Indian journal of veterinary science and animal husbandry - Volumes 15-17, 1948-1951
Year: 1948
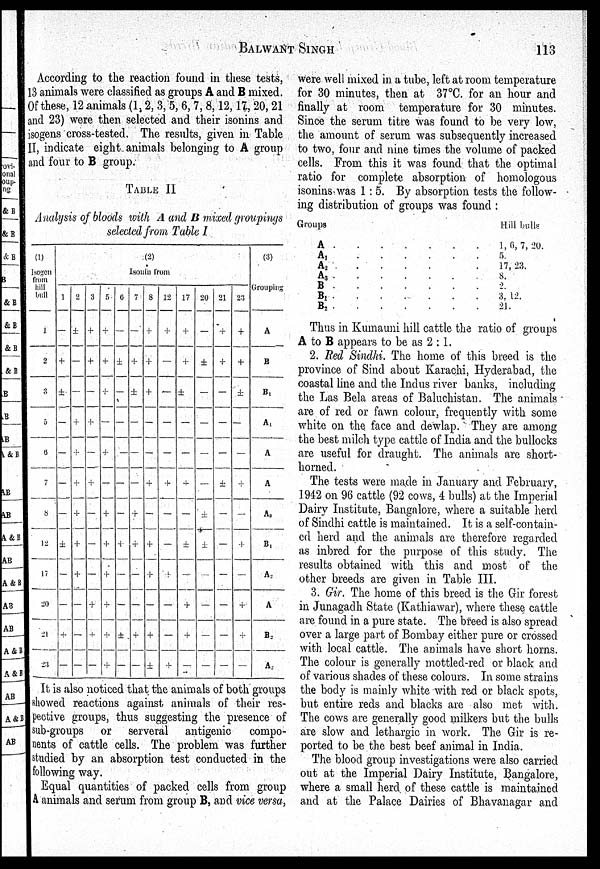
BALWANT
SINGH
113
According to the reaction found in these tests,
13 animals were classified as groups A and B mixed.
Of these, 12 animals (1, 2, 3, 5, 6, 7, 8,12, 17, 20, 21
and 23) were then selected and their isonins and
isogens cross-tested. The results, given in Table
II, indicate eight animals belonging to A group
and four to B group.
TABLE II
Analysis of bloods with A and B mixed groupings
selected from Table I
(1)
Isogen
from
hill
bull
1
2
3
5
6
7
8
12
17
20
21
23
(2)
Isomin from
1
—
+
±
—
—
—
±
—
—
+
—
2
±
—
—
+
+
+
+
+
—
—
—
3
+
+
—
+
+
—
—
—
+
+
—
5
+
+
+
—
+
—
+
+
+
+
—
6
—
±
—
—
—
—
+
—
—
+
—
7
—
+
±
—
—
+
+
—
—
+
—
8
+
+
+
—
+
—
+
+
—
+
±
12
+
—
—
—
+
—
—
+
—
—
+
17
+
+
±
—
—
—
±
—
+
+
—
20
—
±
—
—
—
±
±
—
—
—
—
21
+
+
—
V
—
—
—
—
—
—
—
23
+
+
±
—
+
—
+
—
+
+
—
(3)
Grouping
A
B
B 1
A 1
A
A
A 3
B 1
A 2
A
B 2
A 2
It is also noticed that the animals of both groups
showed reactions against animals of their res-
pective groups, thus suggesting the presence of
sub-groups or serveral antigenic compo-
nents of cattle cells. The problem was further
studied by an absorption test conducted in the
following way.
Equal quantities of packed cells from group
A animals and serum from group B, and vice versa,
were well mixed in a tube, left at room temperature
for 30 minutes, then at 37°C. for an hour and
finally at room temperature for 30 minutes.
Since the serum titre was found to be very low,
the amount of serum was subsequently increased
to two, four and nine times the volume of packed
cells. From this it was found that the optimal
ratio for complete absorption of homologous
isonins was 1:5. By absorption tests the follow-
ing distribution of groups was found:
Groups
A
A 1
A 2......
A 3
B
B 1
B 2
Hill bulls
1, 6, 7, 20.
5.
17, 23.
8.
2.
3, 12.
21.
Thus in Kumauni hill cattle the ratio of groups
A to B appears to be as 2:1.
2. Red Sindhi. The home of this breed is the
province of Sind about Karachi, Hyderabad, the
coastal line and the Indus river banks, including
the Las Bela areas of Baluchistan. The animals
are of red or fawn colour, frequently with some
white on the face and dewlap. They are among
the best milch type cattle of India and the bullocks
are useful for draught. The animals are short—
horned.
The tests were made in January and February,
1942 on 96 cattle (92 cows, 4 bulls) at the Imperial
Dairy Institute, Bangalore, where a suitable herd
of Sindhi cattle is maintained. It is a self—contain-
ed herd and the animals are therefore regarded
as inbred for the purpose of this study. The
results obtained with this and most of the
other breeds are given in Table III.
3. Gir. The home of this breed is the Gir forest
in Junagadh State (Kathiawar), where these cattle
are found in a pure state. The breed is also spread
over a large part of Bombay either pure or crossed
with local cattle. The animals have short horns.
The colour is generally mottled—red or black and
of various shades of these colours. In some strains
the body is mainly white with red or black spots,
but entire reds and blacks are also met with.
The cows are generally good milkers but the bulls
are slow and lethargic in work. The Gir is re-
ported to be the best beef animal in India.
The blood group investigations were also carried
out at the Imperial Dairy Institute, Bangalore,
where a small herd of these cattle is maintained
and at the Palace Dairies of Bhavanagar and